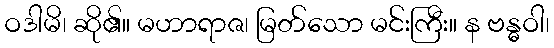
ဝဒါမိ၊ ဆို၏။ မဟာရာဇ၊ မြတ်သော မင်းကြီး။ န ဗန္ဓဝါ၊